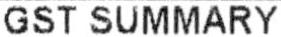
GST SUMMARY